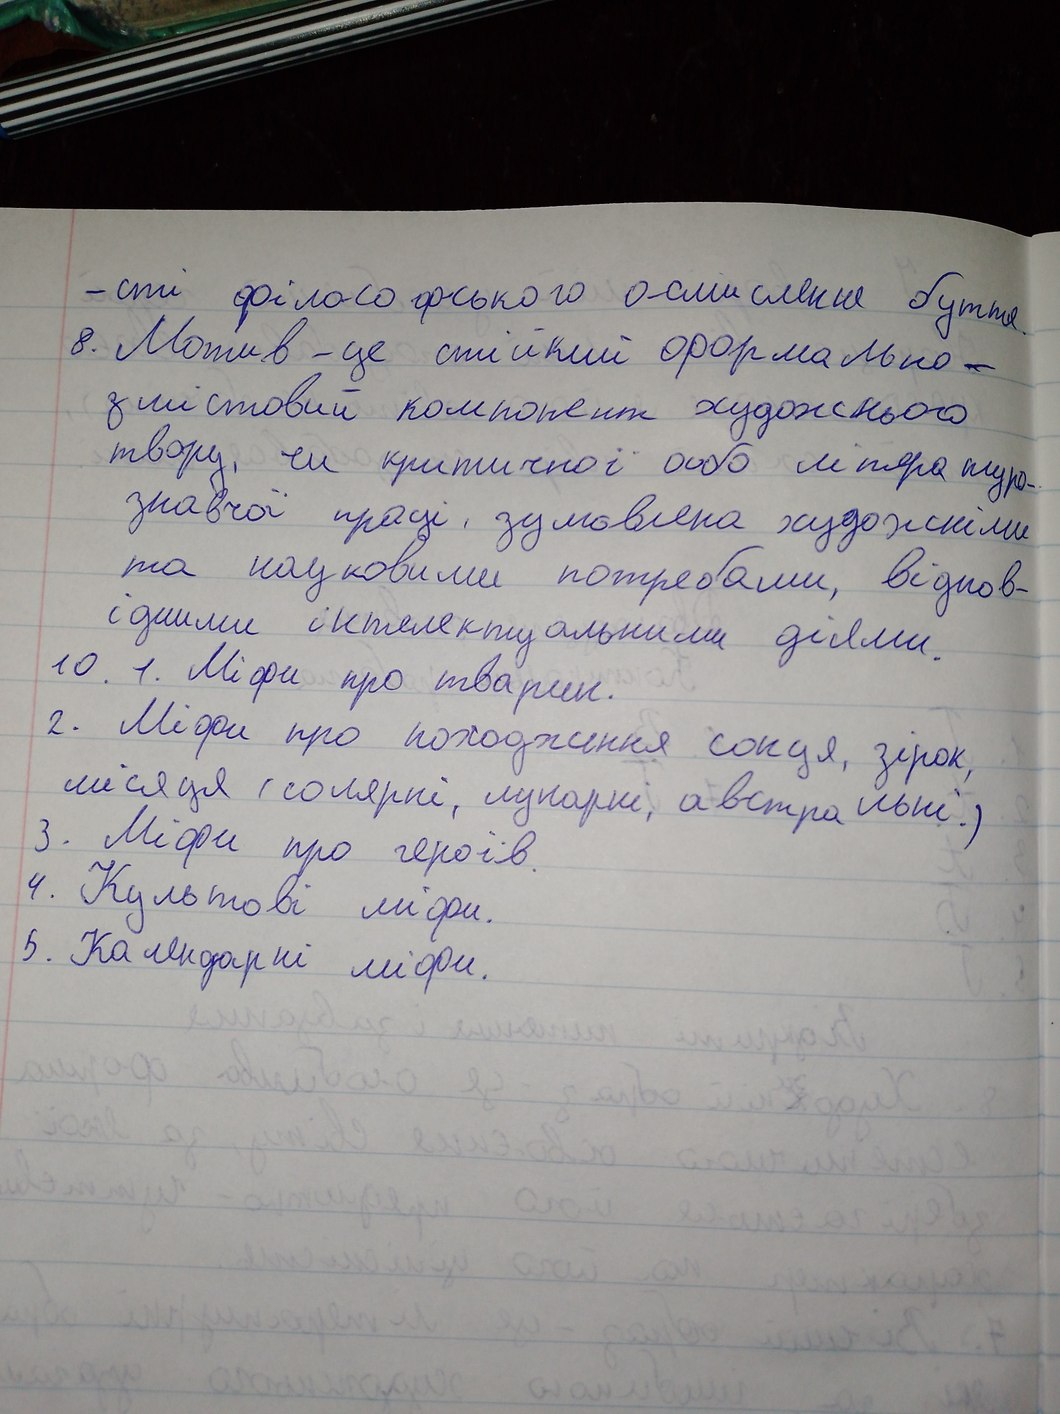
-сті філософського осмислення буття.
Мотив - це стійкий формально-
змістовий компонент художнього
твору, чи критичної або літературо
знавчої праці, зумовлена художніми
та науковими потребами, відпов-
ідними інтелектуальними діями
10. 1. Міфи про тварин
2. Міфи про походження сонця, зірок,
місяця (солярні, лунарні, австральні)
3. Міфи про героїв.
4. Культові міфи.
5. Календарні міфи.